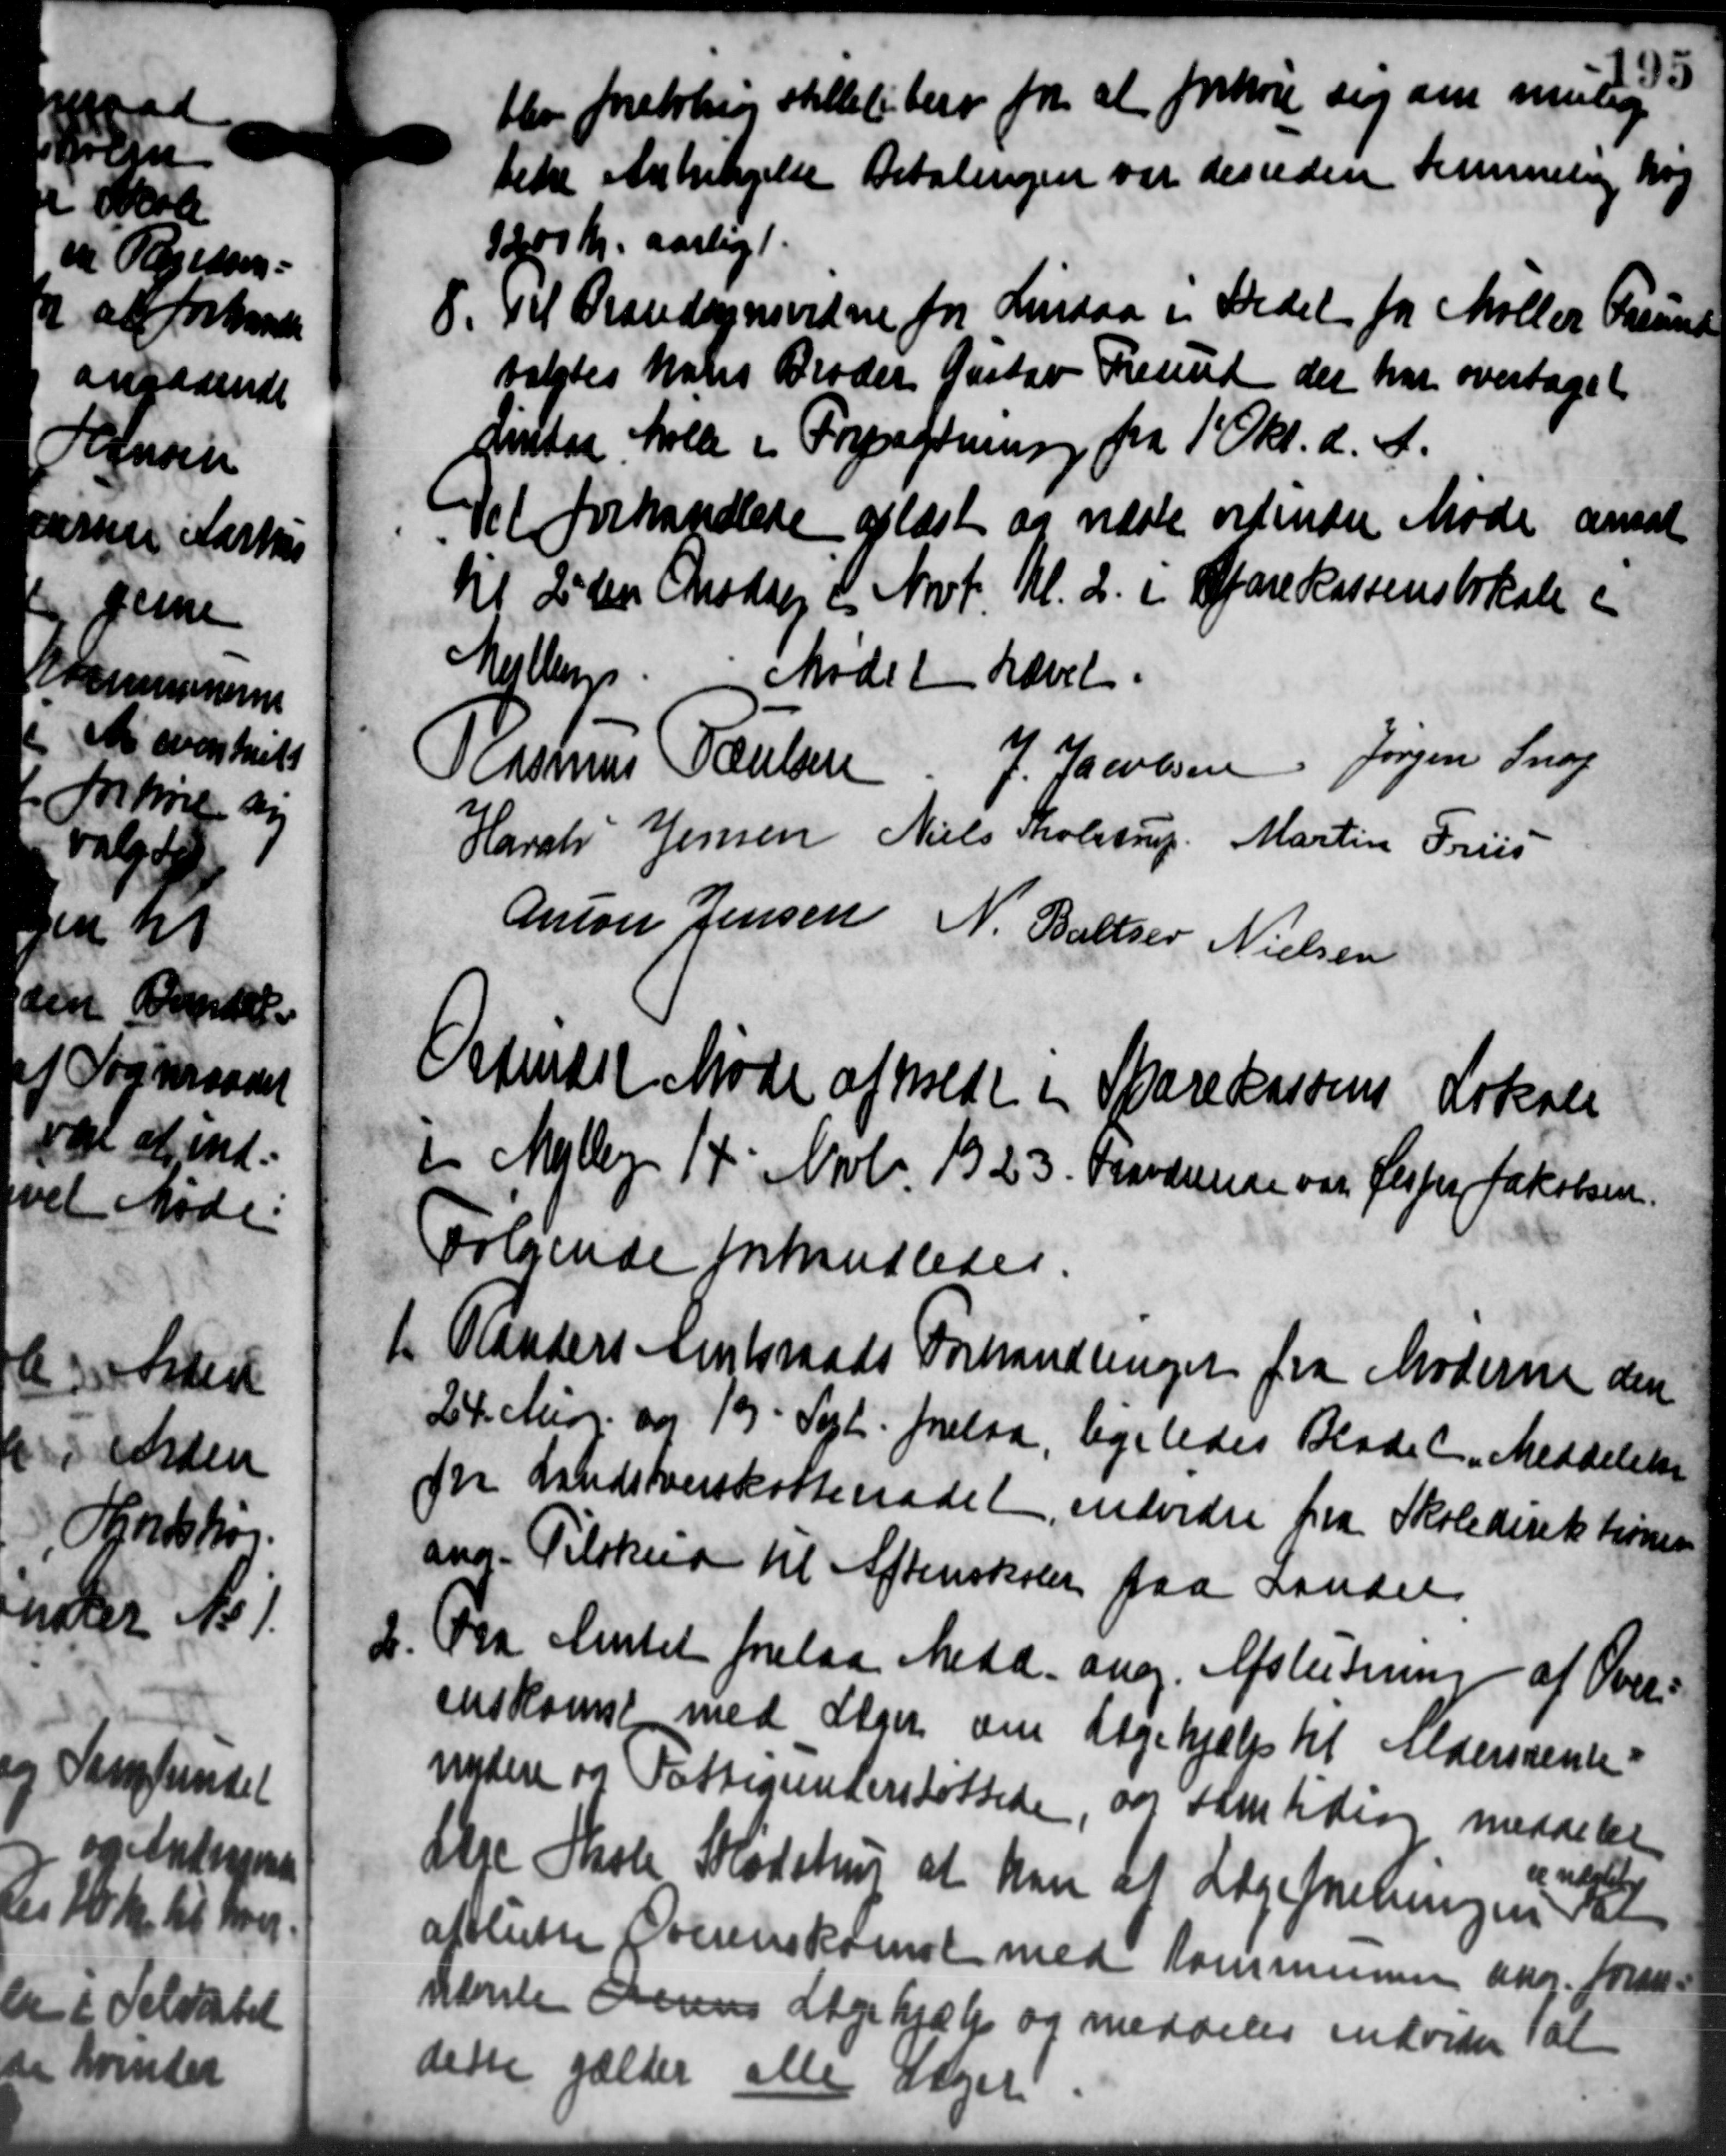
Transskription:
blev foretaling stillelibere fra at forhøre sig om mulig
tike Anbringelse Betalingen var desuden kunneling nog
1200 Kr. aarligt.
8.
Til Brandsynsvidne for Lindaa i Stedet for Møller Freun
valgtes hans Broder Gustav Freund der har overtaget
dinter holde i Forpagtning fra 1 Okt. d. A.
Det forhandlede oplæst og næste ordinære Møde ansat
til 2den Onsdag 2 Nrt. Kl. 2. i Sparekassens lokale e
Helles Mødet hævet.
Rasmus Poulsen J. Jacobsen Jørgen Snog
Haral Jensen Niels Tholstrup Martin Friis
Anton Jensen N. Baltzer Nielsen
Orfendet Møde afholdt i Sparekassens Lokale
i Mejlby 14' Novb. 1923. Frandenene var Jesper Jakobsen.
følgende forhandledes.
1 Randers Amtsraads Forhandlinger fra Moderne den
1 Randers Amtsraads Forhandlinger fra Moderne den
24. Mag. og 19 Sept. forelaa, ligeledes Bladet Meddelelse
fra Landsoverskatteraadet endvidre fra Skoledirektionen
ang. Tilskud til Aftenskolen paa Lander
2. Fra Amtet forelaa Medd. ang. Afslutning af Over-
2. Fra Amtet forelaa Medd. ang. Afslutning af Over-
enskomst med Lærer om Lægehjælp til Aldersrente
nydere og Fattigunderstøttede, var samtiding meddeler
llge Skole Kødstrup at kan til Lægeforeningen dan
vendstil
afslutte Overenskomst med Kommunen ang. foran-
Hamle derens Lægehjælp og meddeler indvider at
deste gælder alle Sager